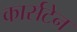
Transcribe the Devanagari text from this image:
कार्सटेन